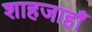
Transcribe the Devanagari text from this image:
शाहजाहाँ